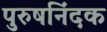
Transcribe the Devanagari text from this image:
पुरुषनिंदक